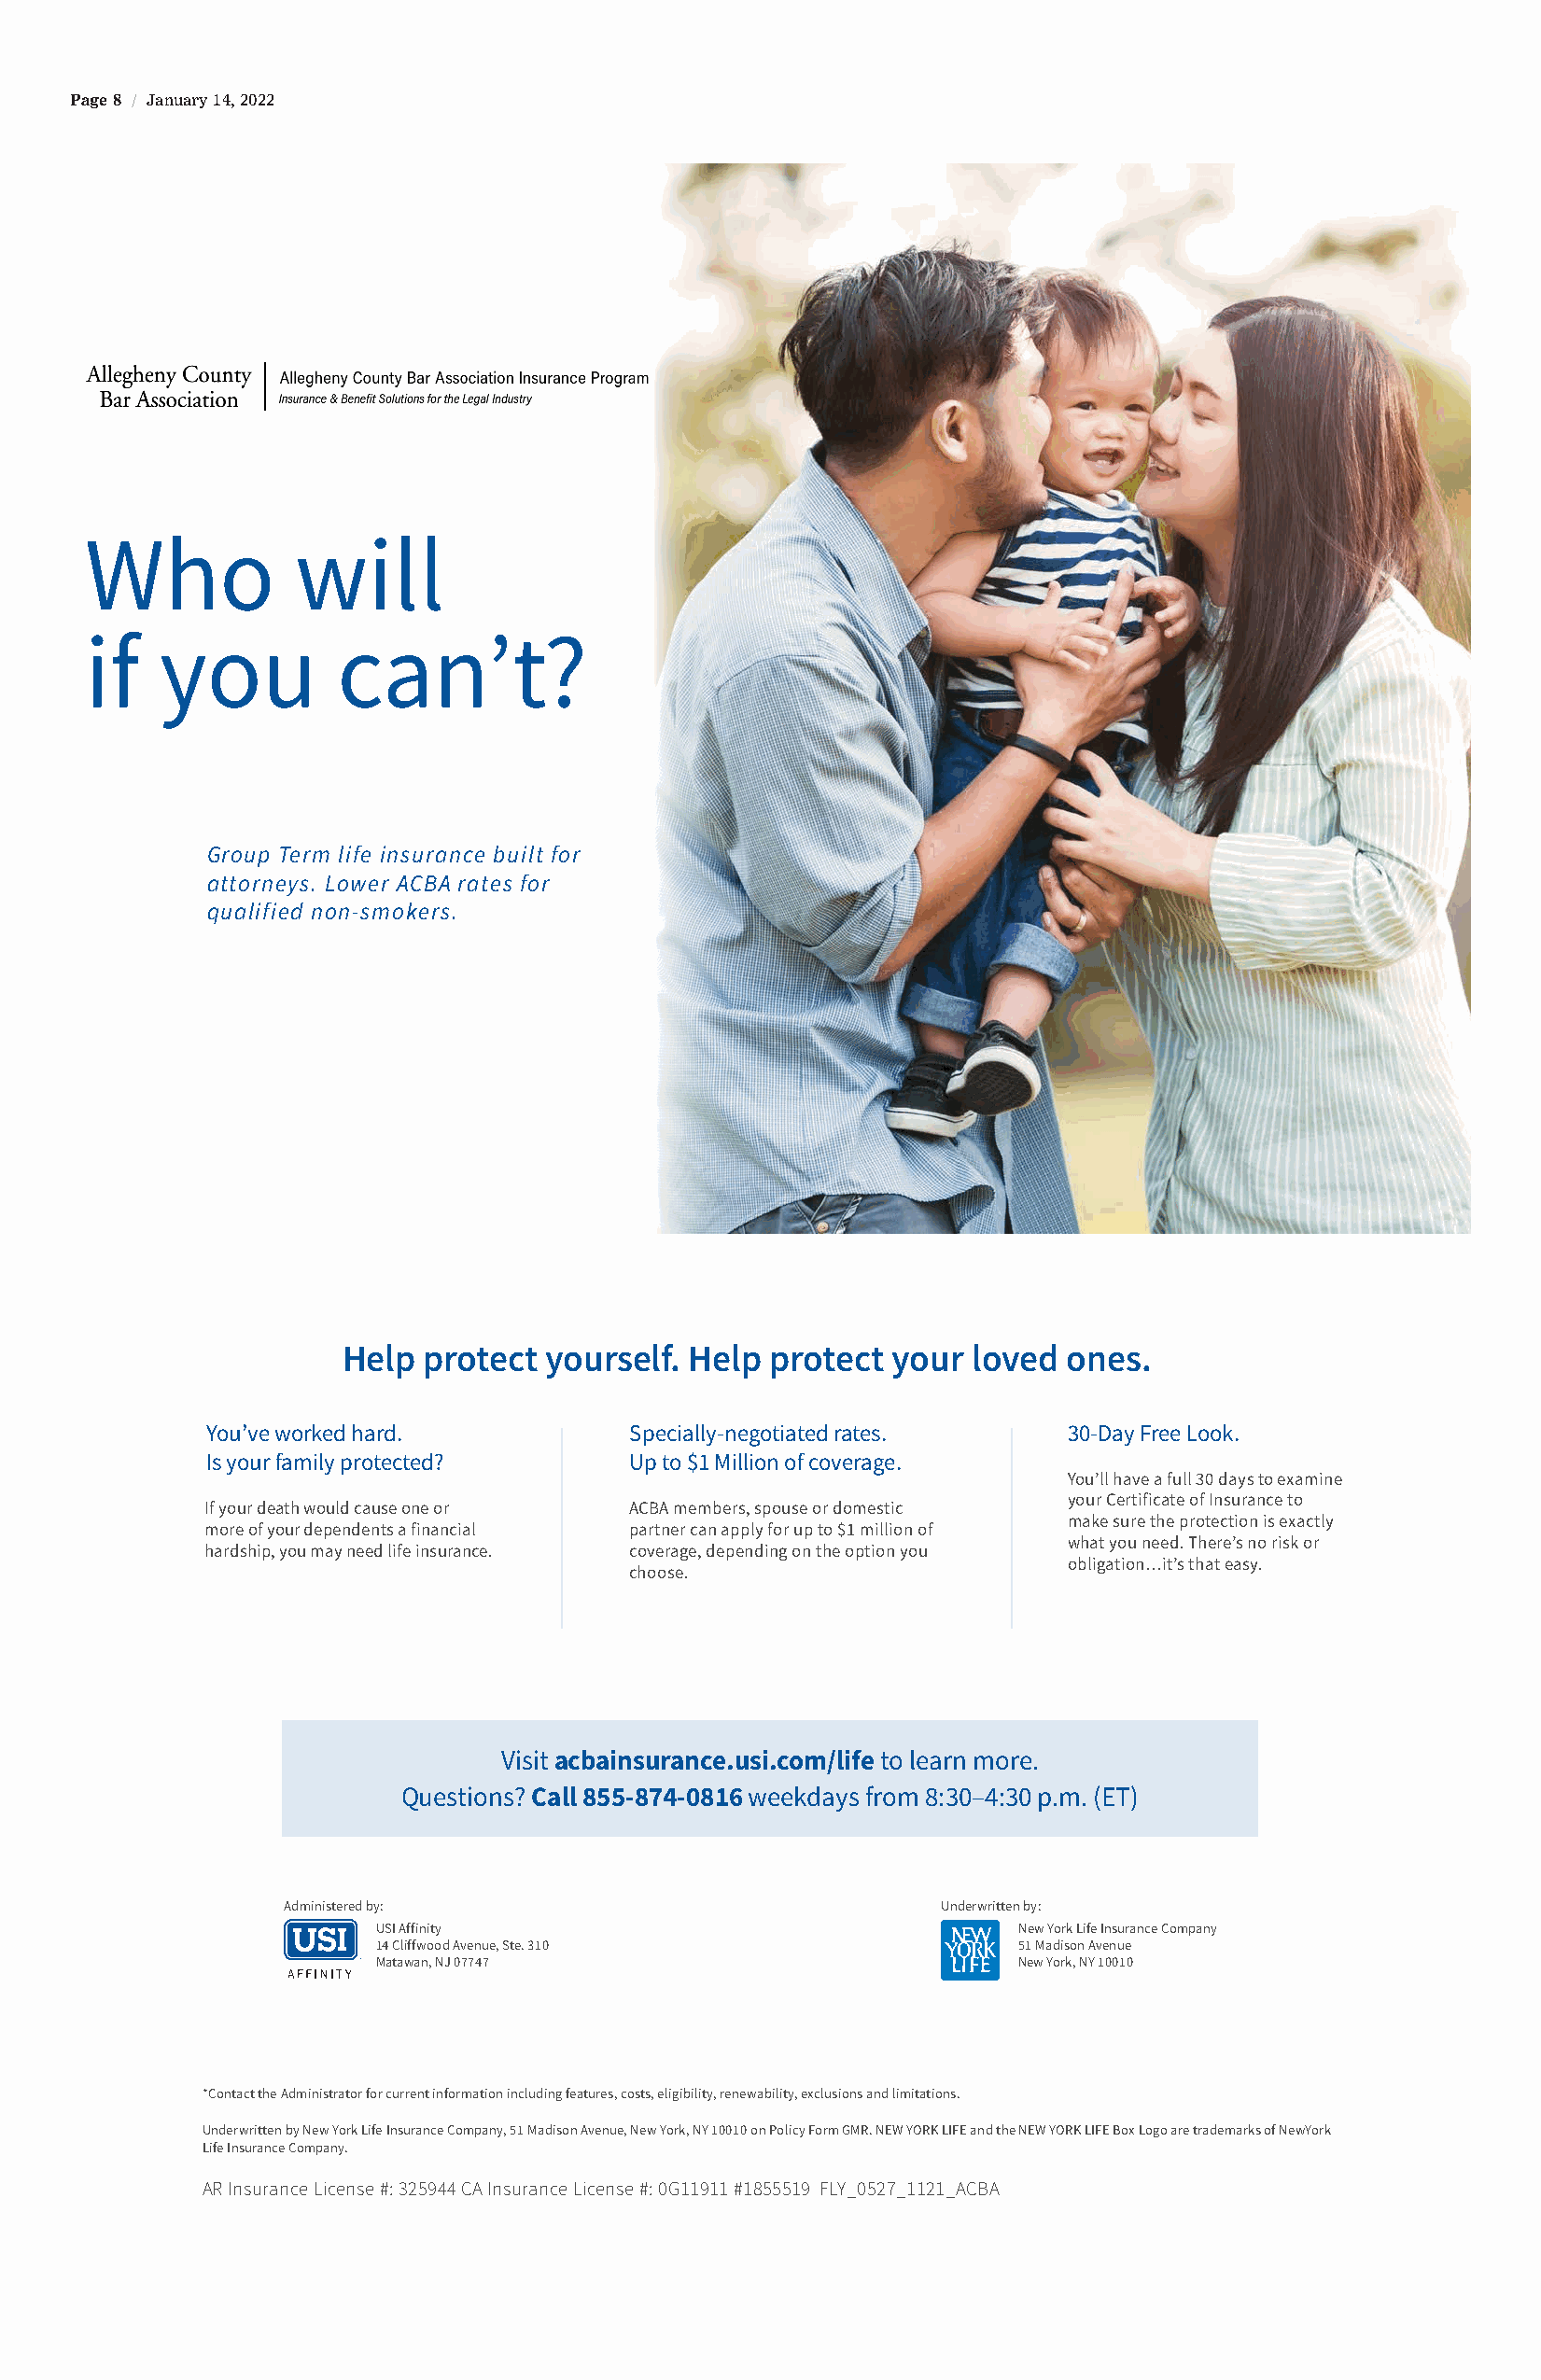
Page 8 / January 14, 2022
 Who            will
 if   you          can’t?
 Group Term life insurance built for
 attorneys. Lower ACBA rates for
 qualified non-smokers.
 Help  protect  yourself. Help  protect your  loved  ones.
 You’ve worked hard.           Specially-negotiated rates.    30-Day Free Look.
 Is your family protected?     Up to $1 Million of coverage.
 You’ll have a full 30 days to examine
 your Certificate of Insurance to
 If your death would cause one or ACBA members, spouse or domestic
 make sure the protection is exactly
 more of your dependents a financial partner can apply for up to $1 million of
 what you need. There’s no risk or
 hardship, you may need life insurance. coverage, depending on the option you
 obligation…it’s that easy.
 choose.
 acbainsurance.usi.com/life
 Visit                     to learn more.
 Questions?
 Call 855-874-0816
 weekdays from 8:30–4:30 p.m. (ET)
 Administered by:                               Underwritten by:
 USI Affinity                                 New York Life Insurance Company
 14 Cliffwood Avenue, Ste. 310                51 Madison Avenue
 Matawan, NJ 07747                            New York, NY 10010
 *Contact the Administrator for current information including features, costs, eligibility, renewability, exclusions and limitations.
 Underwritten by New York Life Insurance Company, 51 Madison Avenue, New York, NY 10010 on Policy Form GMR. NEW YORK LIFE and the NEW YORK LIFE Box Logo are trademarks of NewYork
 Life Insurance Company.
 AR Insurance License #: 325944 CA Insurance License #: 0G11911 #1855519 FLY_0527_1121_ACBA